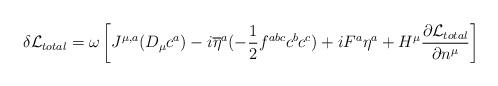
LaTeX: \begin{align*}\delta {\cal L}_{total} = \omega\left[J^{\mu,a}(D_{\mu}c^{a}) -i\overline{\eta}^{a}(-{1\over 2}f^{abc}c^{b}c^{c}) + iF^{a}\eta^{a} +H^{\mu}{\partial{\cal L}_{total}\over \partial n^{\mu}}\right]\end{align*}